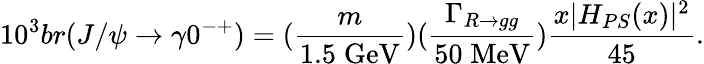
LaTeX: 10^{3}br(J/\psi\rightarrow\gamma 0^{-+})=(\frac{m}{1.5\; \mathrm{GeV}})(\frac{\Gamma_{R\rightarrow gg}}{50\; \mathrm{MeV}})\frac{x|H_{PS}(x)|^{2}}{45}.